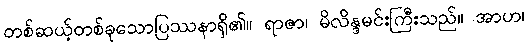
တစ်ဆယ့်တစ်ခုသောပြဿနာရှိ၏။ ရာဇာ၊ မိလိန္ဒမင်းကြီးသည်။ အာဟ၊